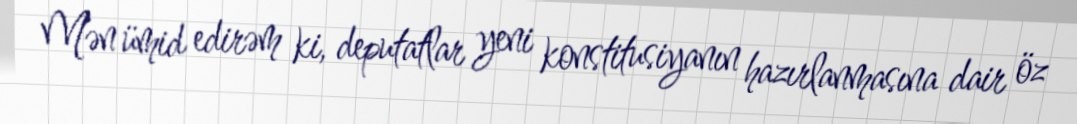
Mən ümid edirəm ki, deputatlar yeni konstitusiyanın hazırlanmasına dair öz